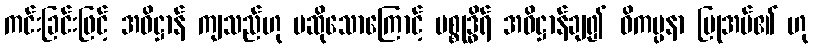
ကင်းခြင်းဖြင့် အဓိဋ္ဌာန် ကျသည်ဟု မဆိုသောကြောင့် ပစ္စုဒ္ဓိရ် အဓိဋ္ဌာန်ချ၍ ဝိကပ္ပနာ ပြုအပ်၏ ဟု